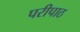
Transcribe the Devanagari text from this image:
परीपाठ